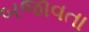
બજાવતા